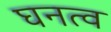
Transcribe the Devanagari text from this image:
घनत्‍व